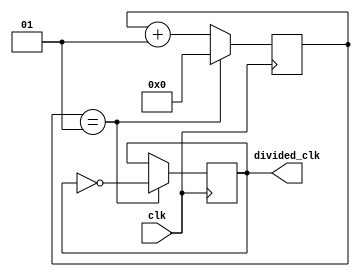
`timescale 1ns / 1ps
//////////////////////////////////////////////////////////////////////////////////
// Company: 
// Engineer: 
// 
// Design Name: 
// Module Name: vga_clkdiv
// Project Name: 
// Target Devices: 
// Tool Versions: 
// Description: 
// 
// Dependencies: 
// 
// Revision:
// Revision 0.01 - File Created
// Additional Comments:
// 
//////////////////////////////////////////////////////////////////////////////////


module vga_clkdiv #(parameter div_value = 1)(

input wire clk,
output reg divided_clk =0

    );
    
    integer counter_value=0;
    
    always@ (posedge clk)
    begin
        if (counter_value == div_value)
        counter_value<=0;
        else
        counter_value<= counter_value+1;
        end
        
     always@ (posedge clk)
     begin
         if (counter_value == div_value)
         divided_clk <= ~ divided_clk;
         else
         divided_clk <= divided_clk;
         end
         
         
            
endmodule